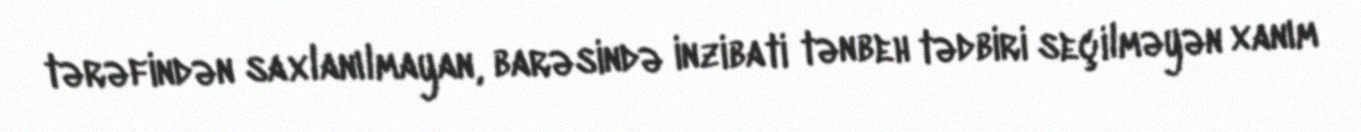
tərəfindən saxlanılmayan, barəsində inzibati tənbeh tədbiri seçilməyən xanım